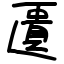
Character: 匱